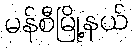
မန်စီမြို့နယ်